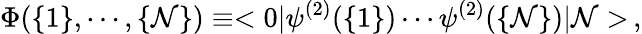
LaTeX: \Phi(\{ 1\} ,\cdots,\{ \mathcal{N}\} )\equiv<0|\psi^{(2)}(\{ 1\} )\cdots\psi^{(2)}(\{ \mathcal{N}\} )|\mathcal{N}>\, ,